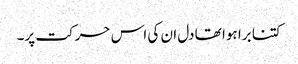
کتنا برا ہوا تھا دل ان کی اس حرکت پر۔